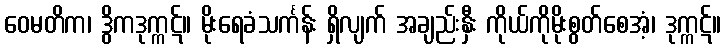
ဝေမတိက၊ ဒွိကဒုက္ကဋ်။ မိုးရေခံသင်္ကန်း ရှိလျက် အချည်းနှီး ကိုယ်ကိုမိုးစွတ်စေအံ့၊ ဒုက္ကဋ်။